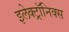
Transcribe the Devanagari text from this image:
इलेक्ट्राॅनिक्स